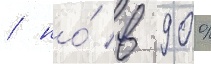
/ но́ в 90%